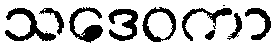
သဒေဝကာ